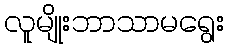
လူမျိုးဘာသာမရွေး